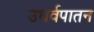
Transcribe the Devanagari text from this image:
उधर्वपातन